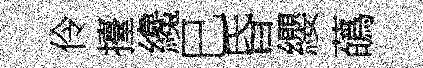
伶擡纔巳昏纓蘤